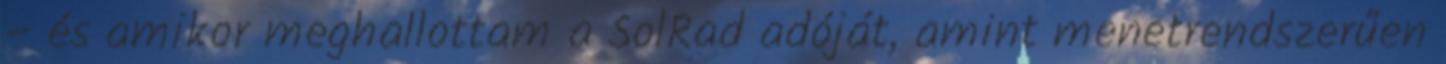
– és amikor meghallottam a SolRad adóját, amint menetrendszerűen